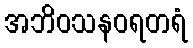
အဘိဝသနဝရတရံ